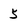
Character: 5